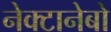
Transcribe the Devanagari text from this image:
नेक्टानेबो